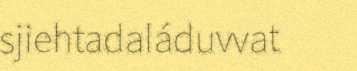
sjiehtadaláduvvat